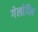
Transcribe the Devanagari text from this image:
गेलोपिन